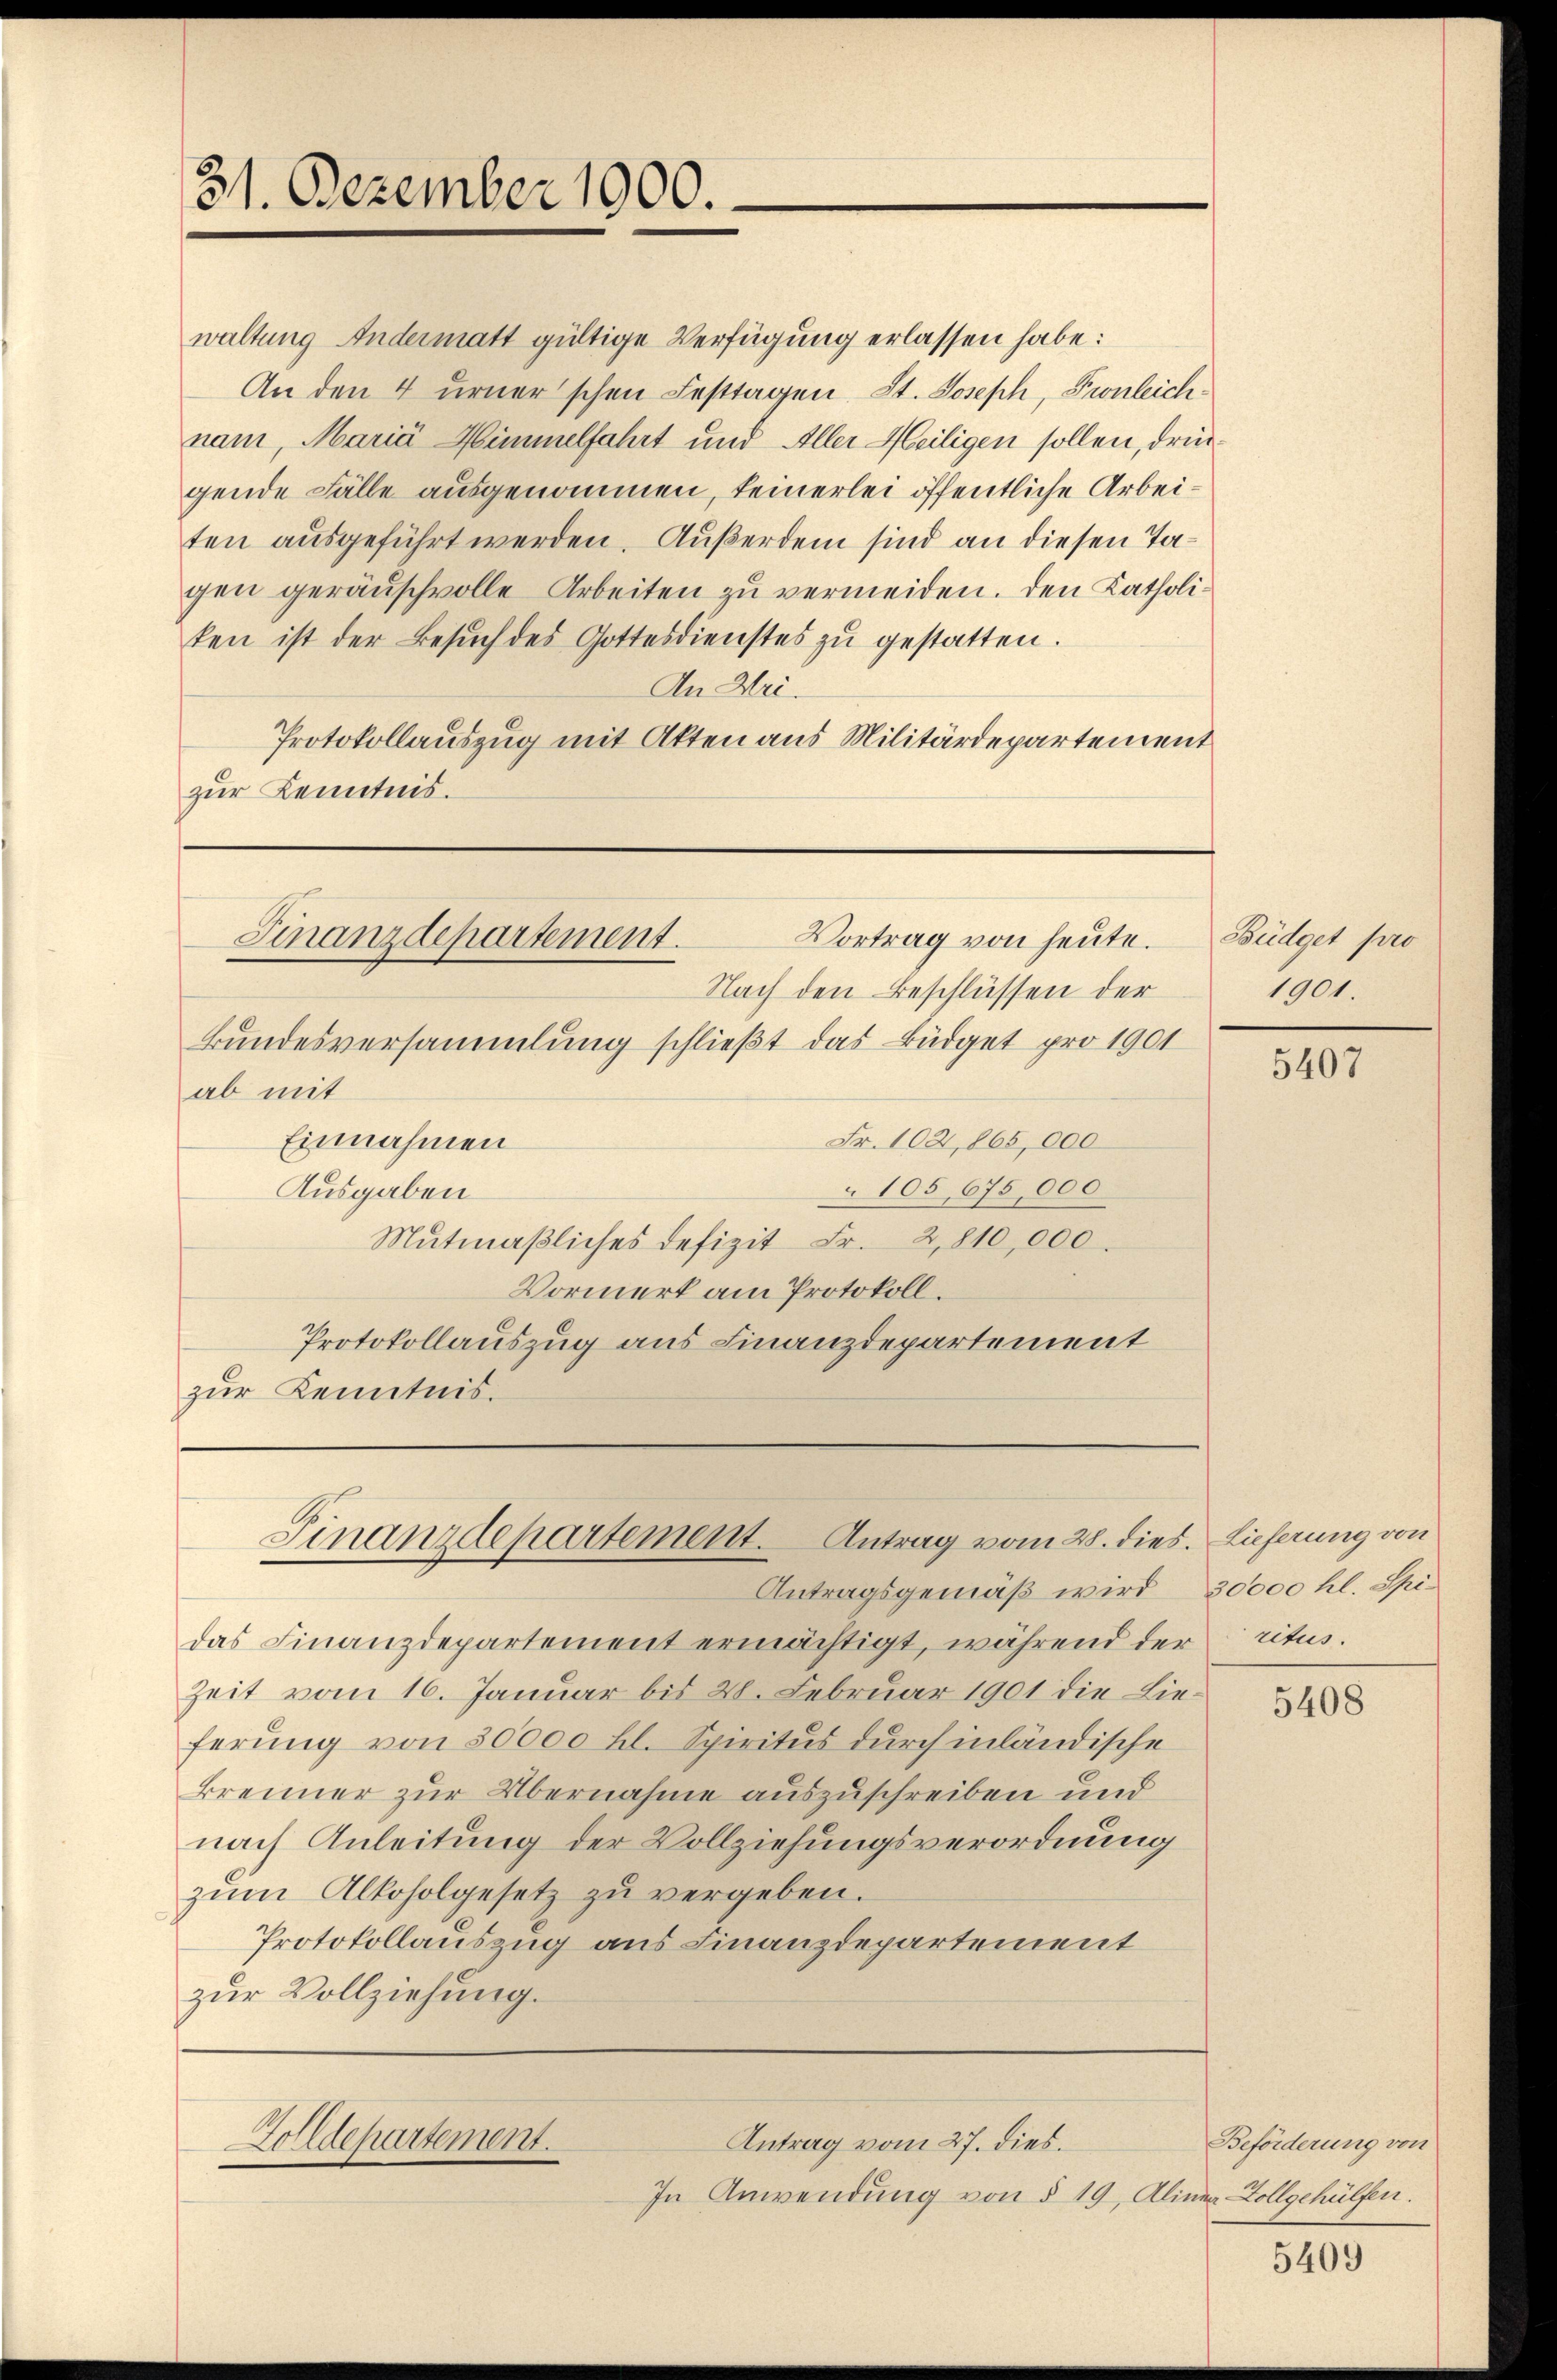
31. Dezember 1900.

waltung Andermatt gültige Verfügung erlassen habe:
An den 4 urner'schen Festtagen St. Joseph, Fronleichnam, Maria Himmelfahrt und Aller Meiligen sollen, drüc
gende Fälle ausgenommen, keinerlei öffentliche Arbeiten ausgeführt werden. Außerdem sind an diesen Tagen geräuschvolle Arbeiten zu vermeiden. Den Katholiken ist der Besŭch des Gottesdienstes zŭ gestatten.
An Hei¬
Protokollauszug mit Akten aus Militärdepartement
zur Kenntnis.

Nach den Beschlüssen der
Bundesversammlung schließt das Büdget pro 1901
ab mit
Fr. 102,865,000
Einnahmen
105, 675,000
Ausgaben
Mŭtmaβliches defizit Fr. 2,810,000.
Vormerk am Protokoll.
Protokollauszug aus Finanzdepartement
zur Kenntnis.

Vortrag von heute.
Finanzdepartement.

das Finanzdepartement ermächtigt, während der ritus.
Zeit vom 16. Januar bis 20. Februar 1901 die Lieferung von 30000 fl. Spiritus durch inländische
Brenner zur Übernahme auszuschreiben und
nach Anleitung der Vollziehungsverordnung
zum Alkoholgesetz zu vergeben.
Protokollauszug aus Finanzdepartement
zur Vollziehung.

Finanzdepartement. Antrag vom 28. dies. Lieferung von

Antragsgemäß wird 30000 hl. Spi¬

Zolldepartement.

In Anwendung von § 19, Alinea-Vollgehülfen.

Antrag vom 27. dies.

Büdget pro
1901

5407

5408

Beförderung von

5409